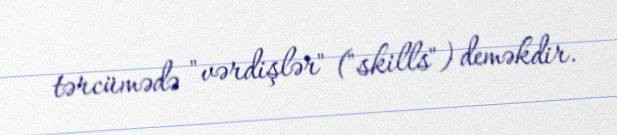
tərcümədə "vərdişlər" ("skills") deməkdir.